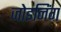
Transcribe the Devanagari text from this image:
जोइनिंग